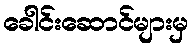
ခေါင်းဆောင်များမှ